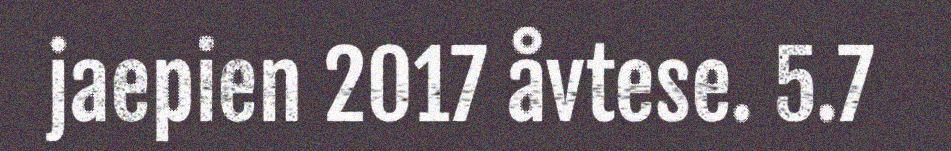
jaepien 2017 åvtese. 5.7